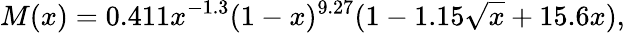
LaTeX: M(x)=0.411x^{-1.3}(1-x)^{9.27}(1-1.15\sqrt{x}+15.6x),